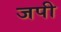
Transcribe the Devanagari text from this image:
जपी